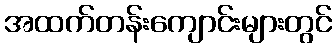
အထက်တန်းကျောင်းများတွင်